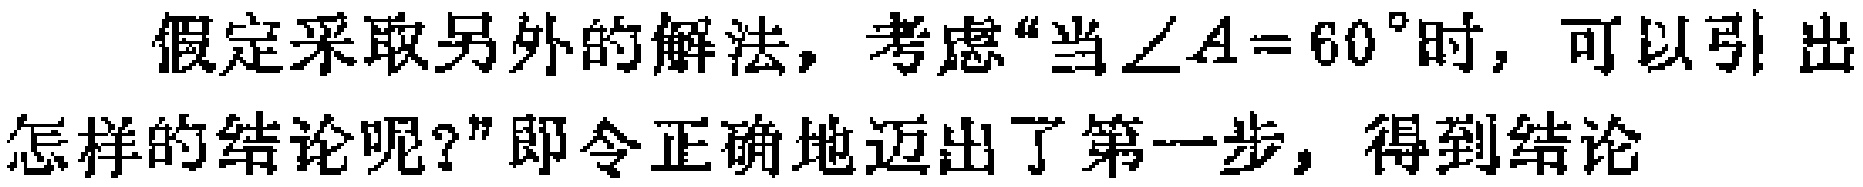
假定采取另外的解法，考虑“当$\angle A = 60^{\circ}$时，可以引出怎样的结论呢？”即令正确地迈出了第一步，得到结论